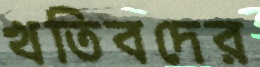
খতিবদের